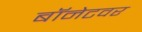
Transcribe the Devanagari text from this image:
बॉनेटवर